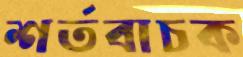
শর্তবাচক